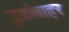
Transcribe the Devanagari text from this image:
दुर्व्यवाहर